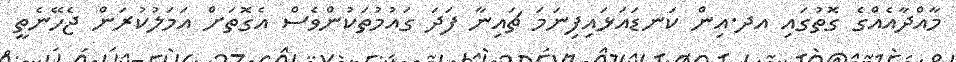
މާއްދާއެއްގެ ގޮތުގައި އދ.އިން ކަނޑައަޅައިފިނަމަ ޗައިނާ ފަދަ ގައުމުތަކުންވެސް އެގޮތަށް އަމަލުކުރަން ޖެހޭނެތީ